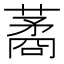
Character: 𦺖